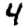
Digit: 4